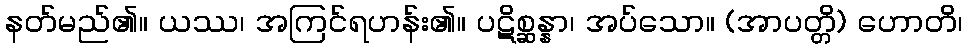
နတ်မည်၏။ ယဿ၊ အကြင်ရဟန်း၏။ ပဋိစ္ဆန္နာ၊ အပ်သော။ (အာပတ္တိ) ဟောတိ၊